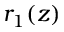
r _ { 1 } ( z )